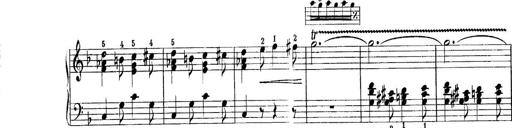
Title: Quatres sonatines
Composer: Tadeusz Joteyko